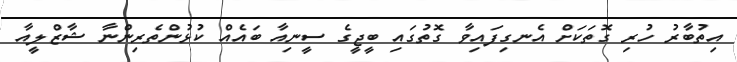
އިތުބާރު ހުރި ގޮތަކަށް އެނގިފައިވާ ގޮތުގައި ބީޖީގެ ސީނިއާ ބައެއް ކުޅުންތެރިންނާ ޝާޒްލީއާ